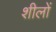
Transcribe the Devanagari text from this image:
शीलों